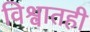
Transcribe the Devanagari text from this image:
विश्वातही